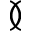
\between